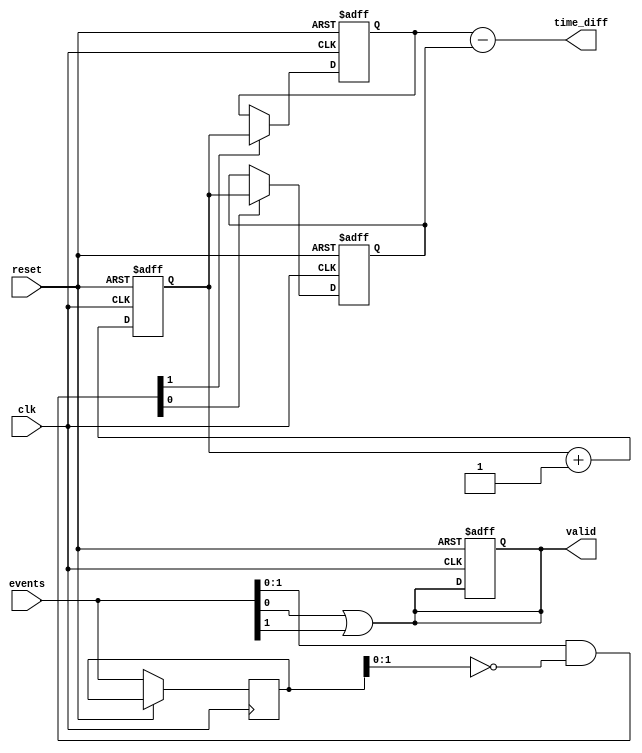
module TDC #(
    parameter NUM_INPUTS = 4, // Number of input channels
    parameter TIME_WIDTH = 32  // Width of the time counter
)(
    input wire clk,                     // Clock signal
    input wire reset,                   // Reset signal
    input wire [NUM_INPUTS-1:0] events, // Event input channels
    output reg [TIME_WIDTH-1:0] time_diff, // Time difference output
    output reg valid                    // Output valid signal
);

    // Time counter
    reg [TIME_WIDTH-1:0] time_counter;
    
    // Timestamp storage
    reg [TIME_WIDTH-1:0] timestamps [0:NUM_INPUTS-1];

    // Event detection logic
    reg [NUM_INPUTS-1:0] event_detected;
    reg [NUM_INPUTS-1:0] last_events;

    // Initialize timestamps and counter
    integer i;
    initial begin
        time_counter = 0;
        valid = 0;
        for (i = 0; i < NUM_INPUTS; i = i + 1) begin
            timestamps[i] = 0;
        end
    end

    // Clock process
    always @(posedge clk or posedge reset) begin
        if (reset) begin
            time_counter <= 0;
            valid <= 0;
            for (i = 0; i < NUM_INPUTS; i = i + 1) begin
                timestamps[i] <= 0;
            end
        end else begin
            // Increment time counter
            time_counter <= time_counter + 1;

            // Detect rising edges
            event_detected = events & ~last_events;

            // Store timestamps for detected events
            for (i = 0; i < NUM_INPUTS; i = i + 1) begin
                if (event_detected[i]) begin
                    timestamps[i] <= time_counter;
                end
            end

            // Update last events
            last_events <= events;
        end
    end

    // Time difference calculation logic
    always @(*) begin
        // Example: Calculate time difference between input 0 and input 1
        // You can modify this logic to calculate differences between any two inputs
        time_diff = timestamps[1] - timestamps[0];
        valid = (events[0] || events[1]); // Set valid if either event 0 or event 1 occurred
    end

endmodule